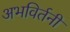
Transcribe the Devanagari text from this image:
अभविर्तनी